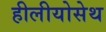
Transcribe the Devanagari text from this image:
हीलीयोसेथ